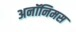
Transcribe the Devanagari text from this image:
अनॉनिमस